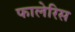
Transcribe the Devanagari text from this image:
फालेरिस